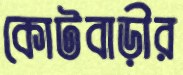
কোটবাড়ীর